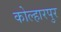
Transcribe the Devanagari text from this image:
कोल्हारपुर